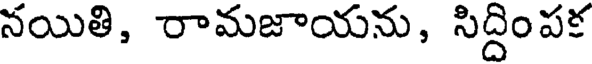
నయితి, రామజాయను, సిద్దింపక